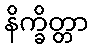
နိက္ခိတ္တာ